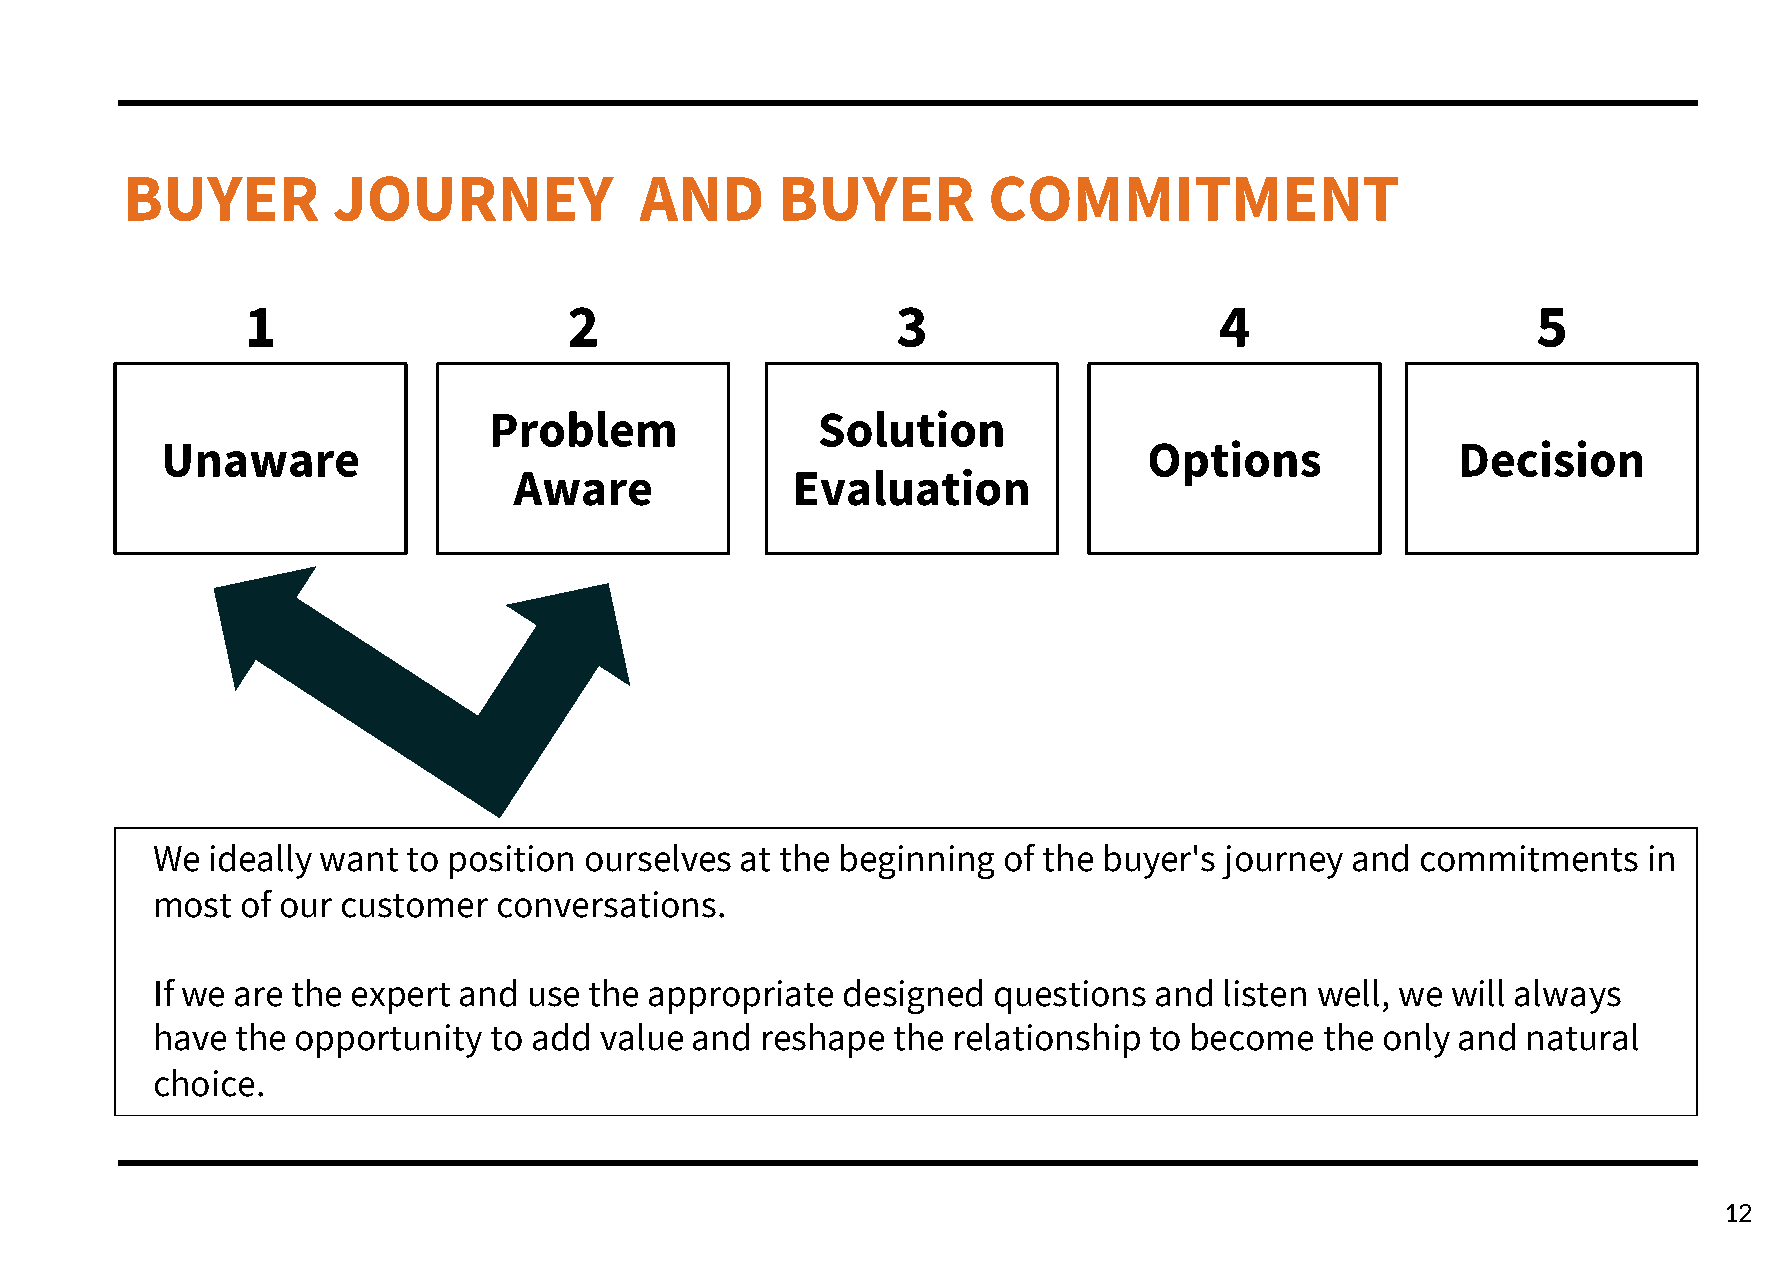
BUYER         JOURNEY             AND      BUYER         COMMITMENT
 1                     2                    3                     4                    5
 Problem               Solution
 Unaware                                                          Options              Decision
 Aware             Evaluation
 We  ideally want to position ourselves at the beginning of the buyer's journey and  commitments    in
 most  of our customer  conversations.
 If we are the expert and use the appropriate  designed  questions and  listen well, we will always
 have  the opportunity to add  value and reshape  the relationship to become   the only and natural
 choice.
 12